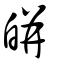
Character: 皏